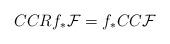
LaTeX: \begin{align*}CCRf_*{\cal F}=f_*CC{\cal F}\end{align*}